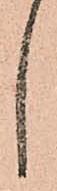
し